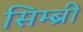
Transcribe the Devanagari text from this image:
सिम्ब्री